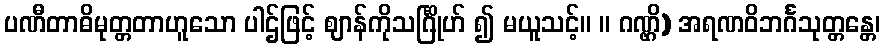
ပဏီတာဓိမုတ္တတာဟူသော ပါဌ်ဖြင့် ဈာန်ကိုသင်္ဂြိုဟ် ၍ မယူသင့်။ ။ ဂဏ္ဌိ) အရဏဝိဘင်္ဂသုတ္တန္တေ၊